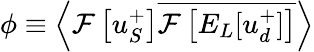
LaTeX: \phi\equiv\left<\mathcal{F}\left[u_{S}^{+}\right]\overline{{\mathcal{F}\left[E_{L}[u_{d}^{+}]\right]}}\right>